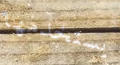
يستخدمها